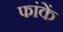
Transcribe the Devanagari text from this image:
फांकें